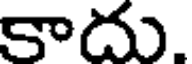
కాదు.